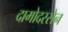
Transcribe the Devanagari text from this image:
दामोदरसेन